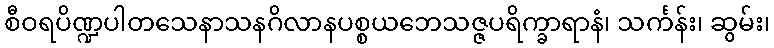
စီဝရပိဏ္ဍပါတသေနာသနဂိလာနပစ္စယဘေသဇ္ဇပရိက္ခာရာနံ၊ သင်္ကန်း၊ ဆွမ်း၊